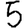
Digit: 5